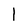
Character: 1